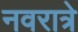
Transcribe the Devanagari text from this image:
नवरात्रे